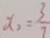
x _ { 2 } = \frac { 3 } { 7 }